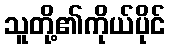
သူတို့၏ကိုယ်ပိုင်